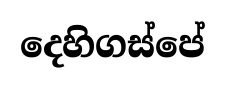
දෙහිගස්පේ